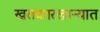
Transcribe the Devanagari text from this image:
खतकारखान्यात